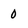
Character: 0